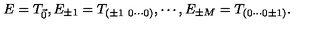
E = T _ { \vec { 0 } } , E _ { \pm 1 } = T _ { ( \pm 1 \ 0 \cdots 0 ) } , \cdots , E _ { \pm M } = T _ { ( 0 \cdots 0 \pm 1 ) } .